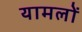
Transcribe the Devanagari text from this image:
यामलों